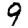
Digit: 9